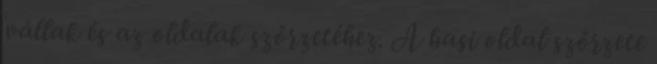
vállak és az oldalak szőrzetéhez. A hasi oldal szőrzete